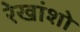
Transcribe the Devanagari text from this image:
रेखांशो